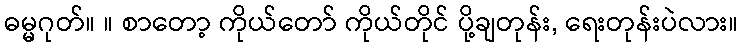
ဓမ္မဂုတ်။ ။ စာတော့ ကိုယ်တော် ကိုယ်တိုင် ပို့ချတုန်း, ရေးတုန်းပဲလား။